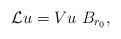
LaTeX: \begin{align*}\mathcal{L}u = Vu \ B_{r_0},\end{align*}